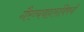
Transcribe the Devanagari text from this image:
गैरव्यवहारांविषयी